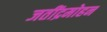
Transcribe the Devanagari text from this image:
जतींद्रमोहन